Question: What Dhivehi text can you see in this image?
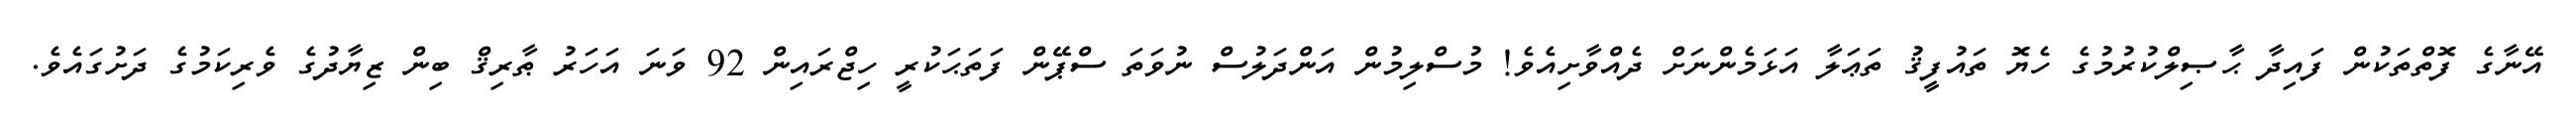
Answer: އޭނާގެ ފޮތްތަކުން ފައިދާ ޙާޞިލްކުރުމުގެ ހެޔޮ ތައުފީޤު ތަޢަލާ އަޅަމެންނަށް ދެއްވާށިއެވެ! މުސްލިމުން އަންދަލުސް ނުވަތަ ސްޕޭން ފަތަޙަކުރީ ހިޖްރައިން 92 ވަނަ އަހަރު ޠާރިޤް ބިން ޒިޔާދުގެ ވެރިކަމުގެ ދަށުގައެވެ.